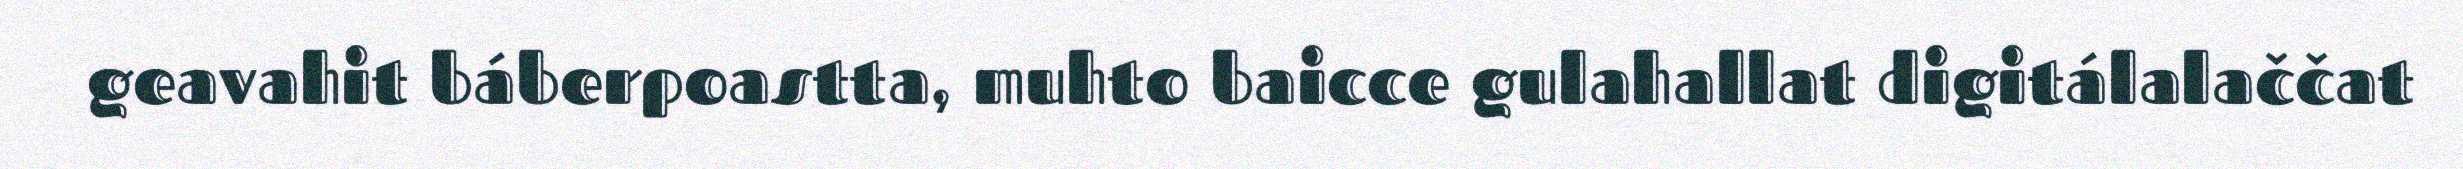
geavahit báberpoastta, muhto baicce gulahallat digitálalaččat